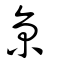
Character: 京